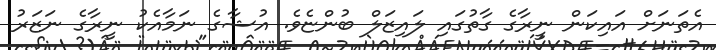
އެތަނަށް އައިކަން ނީރާގެ ގާތުގައި ލައިޒަލް ބުންޏެވެ. އުޝާގެ ނަމާއެކު ނީރާގެ ނަޒަރު